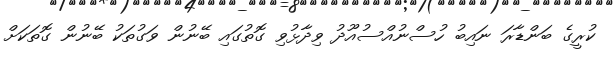
ކުރީގެ ބަންޑާރަ ނައިބު ހުސްނުއްސުއޫދު ވިދާޅުވި ގޮތުގައި ބޭނުން ވަގުތަކު ބޭނުން ގޮތަކަށް